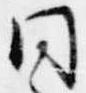
同